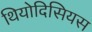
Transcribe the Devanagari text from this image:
थियोदिसियस